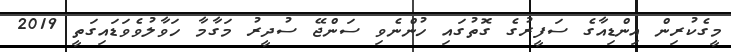
މީގެކުރިން އިންޑިއާގެ ސަފީރުގެ ގޮތުގައި ހުންނެވި ސަންޖޭ ސުދީރު މަގާމާ ހަވާލުވެވަޑައިގަތީ 2019